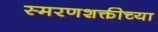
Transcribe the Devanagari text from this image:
स्मरणशक्तीच्या